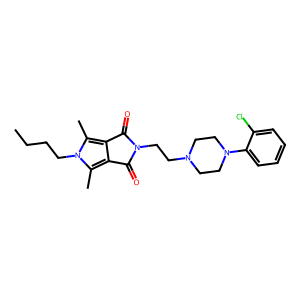
SMILES: CCCCn1c(C)c2c(c1C)C(=O)N(CCN1CCN(c3ccccc3Cl)CC1)C2=O
Inhibits HIV replication: No